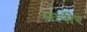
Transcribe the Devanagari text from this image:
मलीर